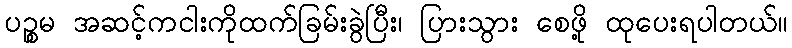
ပဉ္စမ အဆင့်ကငါးကိုထက်ခြမ်းခွဲပြီး၊ ပြားသွား စေဖို့ ထုပေးရပါတယ်။